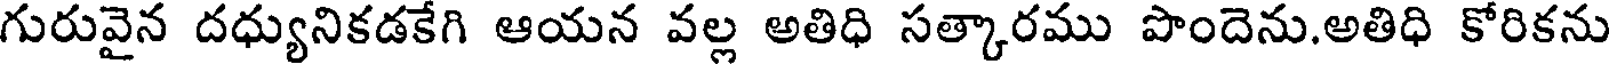
గురువైన దధ్యునికడకేగి ఆయన వల్ల అతిధి సత్కారము పొందెను.అతిధి కోరికను